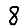
Digit: 8